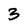
Character: 3